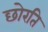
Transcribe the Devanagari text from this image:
छोरति